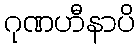
ဂုဏဟီနာပိ